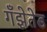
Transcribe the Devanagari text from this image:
गँझेतेड